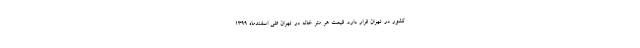
کشور در تهران قرار دارد. قیمت هر متر خانه در تهران طی اسفندماه ۱۳۹۹